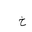
Letter: _kha